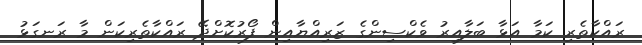
ރައްކާތެރި ކަމާ އަޅާ ބަލާއިރު ވެކްސިންގެ ޒަރިއްޔާއިން ފޯރުކޮށްދޭ ރައްކާތެރިކަން މާ ރަނގަޅު